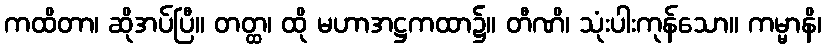
ကထိတာ၊ ဆိုအပ်ပြီ။ တတ္ထ၊ ထို မဟာအဋ္ဌကထာ၌။ တီဏိ၊ သုံးပါးကုန်သော။ ကမ္မာနိ၊